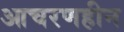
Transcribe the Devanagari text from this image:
आचरणहीन